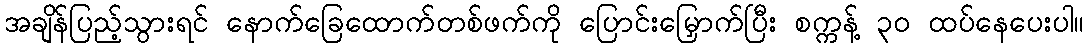
အချိန်ပြည့်သွားရင် နောက်ခြေထောက်တစ်ဖက်ကို ပြောင်းမြှောက်ပြီး စက္ကန့် ၃၀ ထပ်နေပေးပါ။